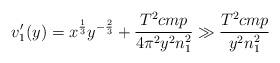
LaTeX: \begin{align*}v_1'(y) = x^{\frac{1}{3}} y^{-\frac{2}{3}} + \frac{T^2 c m p}{4 \pi^2 y^2 n_1^2} \gg \frac{T^2 c m p}{y^2 n_1^2}\end{align*}